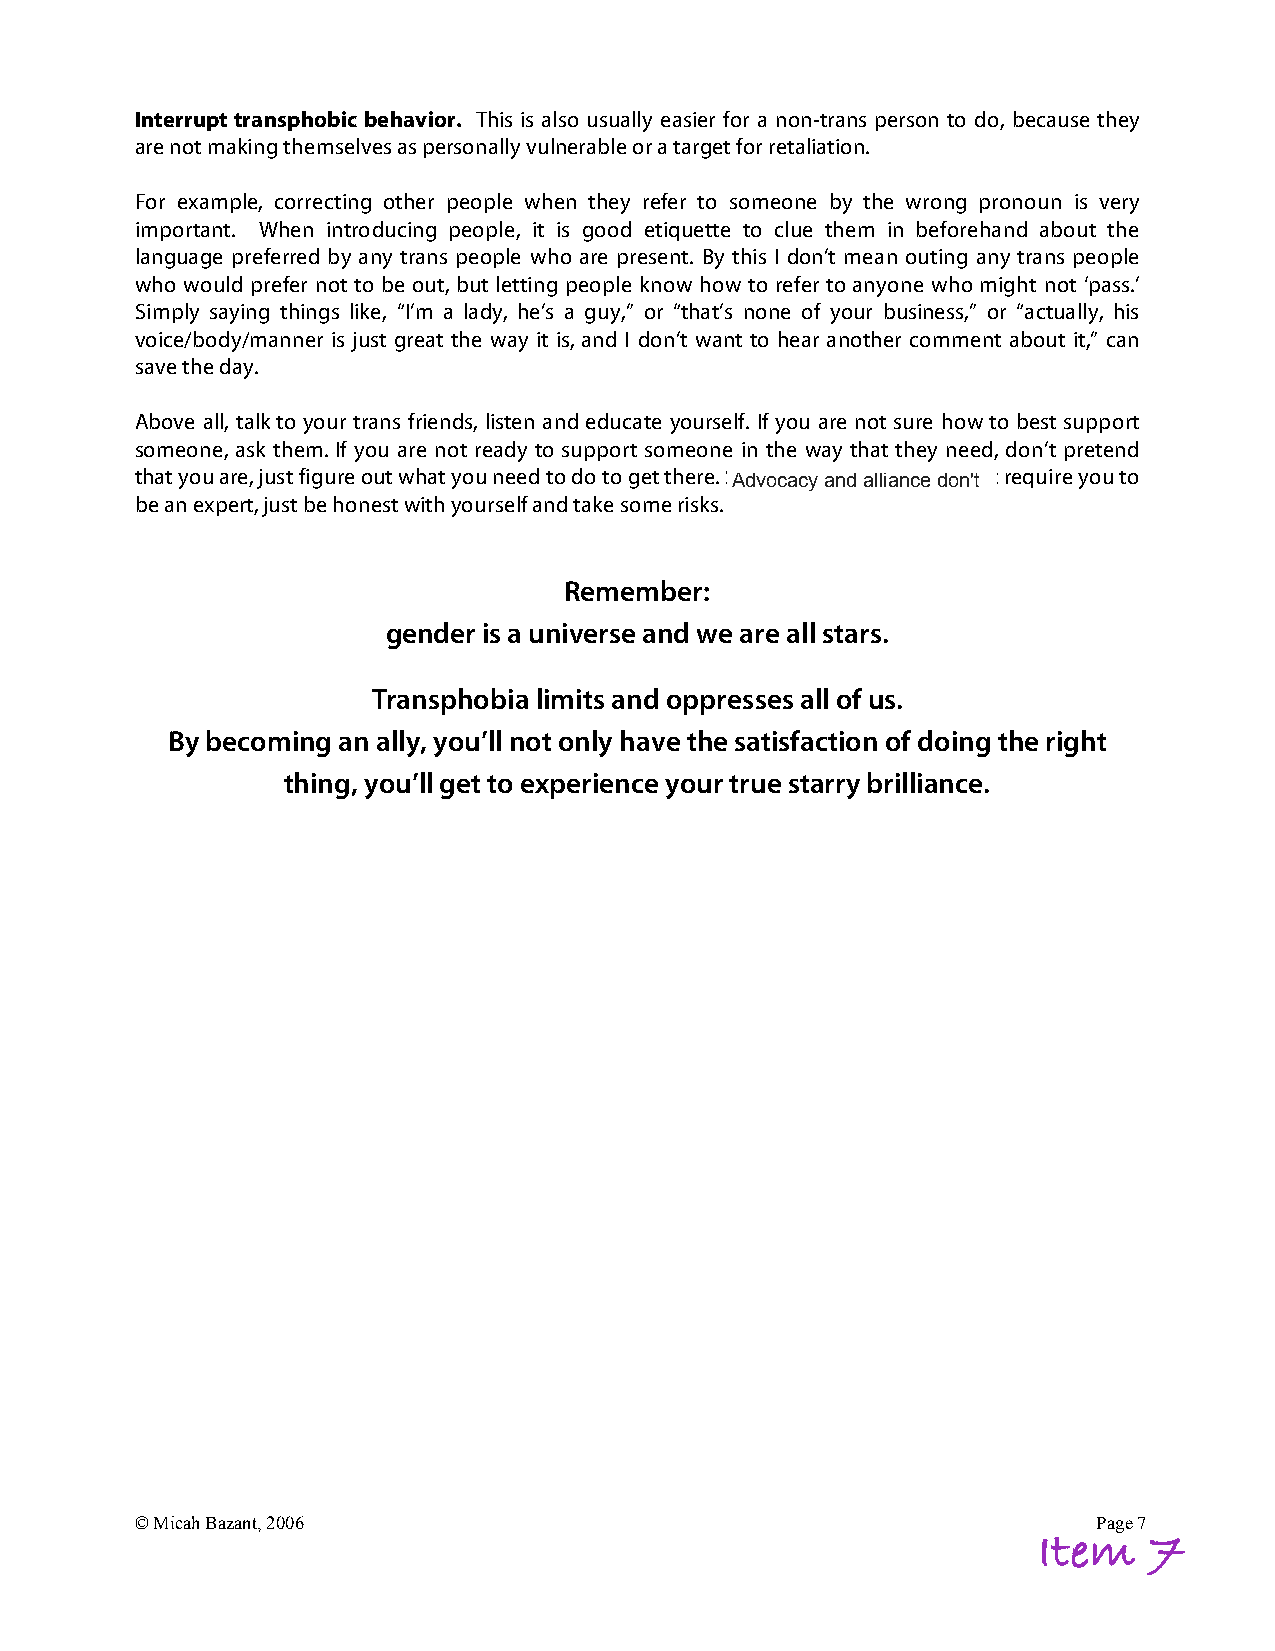
Interrupt transphobic behavior. This is also usually easier for a non-trans person to do, because they
 are not making themselves as personally vulnerable or a target for retaliation.
 For example, correcting other people when they refer to someone by the wrong pronoun is very
 important. When introducing people, it is good etiquette to clue them in beforehand about the
 language preferred by any trans people who are present. By this I don’t mean outing any trans people
 who would prefer not to be out, but letting people know how to refer to anyone who might not ‘pass.’
 Simply saying things like, “I’m a lady, he’s a guy,” or “that’s none of your business,” or “actually, his
 voice/body/manner is just great the way it is, and I don’t want to hear another comment about it,” can
 save the day.
 Above all, talk to your trans friends, listen and educate yourself. If you are not sure how to best support
 someone, ask them. If you are not ready to support someone in the way that they need, don’t pretend
 that you are, just figure out what you need to do to get there. Starting to be an ally doesn’t require you to
 be an expert, just be honest with yourself and take some risks.
 Remember:
 gender is a universe and we are all stars.
 Transphobia limits and oppresses all of us.
 By becoming an ally, you’ll not only have the satisfaction of doing the right
 thing, you’ll get to experience your true starry brilliance.
 © Micah Bazant, 2006                                            Page 7